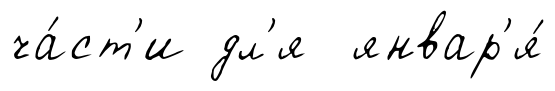
ча́ст'и дл'я январ'я́